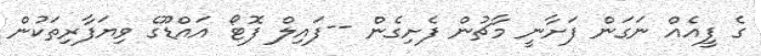
ގެ ފީއެއް ނަގަން ފަށާނީ މާޗުން ފެށިގެން --ފައިލް ފޮޓޯ އައްޑޫގެ ވިޔަފާރިތަކުން